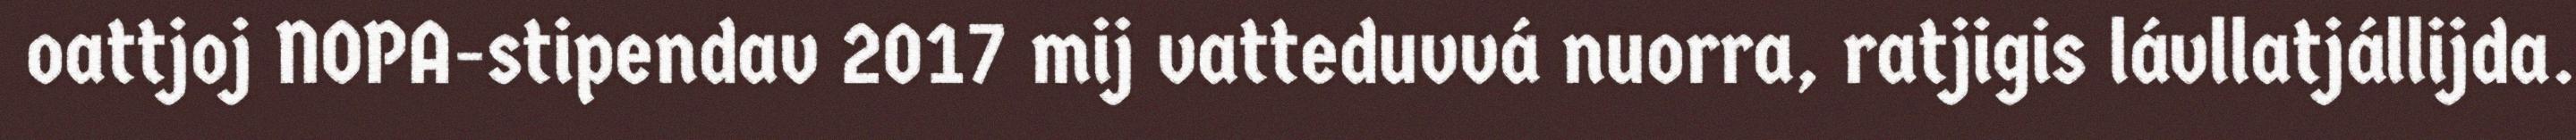
oattjoj NOPA-stipendav 2017 mij vatteduvvá nuorra, ratjigis lávllatjállijda.